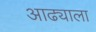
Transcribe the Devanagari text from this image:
आढ्याला